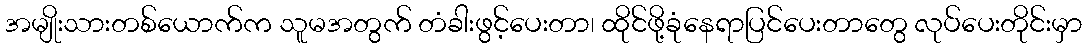
အမျိုးသားတစ်ယောက်က သူမအတွက် တံခါးဖွင့်ပေးတာ၊ ထိုင်ဖို့ခုံနေရာပြင်ပေးတာတွေ လုပ်ပေးတိုင်းမှာ